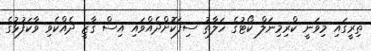
ތިރީގައި މިވަނީ ކްރިމިނަލް ކޯޓުގެ ހަލާތު ސިފަކޮށްދެއްވައި އިސް ގާޒީ ދެއްކެވި ވާކަފުޅުގެ